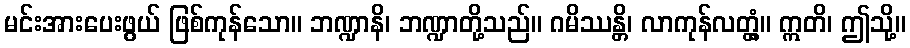
မင်းအားပေးဖွယ် ဖြစ်ကုန်သော။ ဘဏ္ဍာနိ၊ ဘဏ္ဍာတို့သည်။ ဂမိဿန္တိ၊ လာကုန်လတ္တံ့။ ဣတိ၊ ဤသို့။